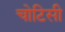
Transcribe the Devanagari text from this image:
चोटिसी